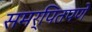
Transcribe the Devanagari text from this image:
समर्पितपणे